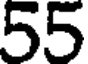
55